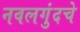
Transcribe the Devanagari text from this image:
नवलगुंदचे